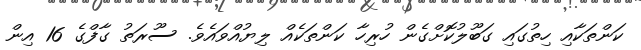
ކަންތަކާއި ހިތުގައި ގަބޫލުކޮށްގެން ހުރިހާ ކަންތަކެއް ލިޔުއްވައެވެ. ސޫރަތު ގާފްގެ 16 އިން